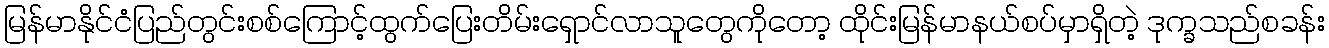
မြန်မာနိုင်ငံပြည်တွင်းစစ်ကြောင့်ထွက်ပြေးတိမ်းရှောင်လာသူတွေကိုတော့ ထိုင်းမြန်မာနယ်စပ်မှာရှိတဲ့ ဒုက္ခသည်စခန်း